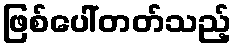
ဖြစ်ပေါ်တတ်သည့်